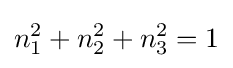
n_{1}^{2}+n_{2}^{2}+n_{3}^{2}=1